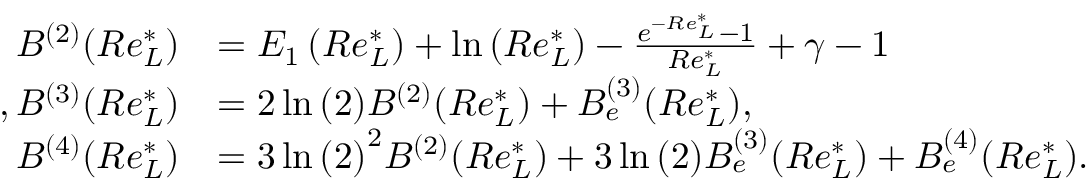
\begin{array} { r l } { B ^ { ( 2 ) } ( R e _ { L } ^ { * } ) } & { = E _ { 1 } \left( R e _ { L } ^ { * } \right) + \ln { \left( R e _ { L } ^ { * } \right) } - \frac { e ^ { - R e _ { L } ^ { * } } - 1 } { R e _ { L } ^ { * } } + \gamma - 1 } \\ { , B ^ { ( 3 ) } ( R e _ { L } ^ { * } ) } & { = 2 \ln { ( 2 ) } B ^ { ( 2 ) } ( R e _ { L } ^ { * } ) + B _ { e } ^ { ( 3 ) } ( R e _ { L } ^ { * } ) , } \\ { B ^ { ( 4 ) } ( R e _ { L } ^ { * } ) } & { = 3 \ln { ( 2 ) } ^ { 2 } B ^ { ( 2 ) } ( R e _ { L } ^ { * } ) + 3 \ln { ( 2 ) } B _ { e } ^ { ( 3 ) } ( R e _ { L } ^ { * } ) + B _ { e } ^ { ( 4 ) } ( R e _ { L } ^ { * } ) . } \end{array}